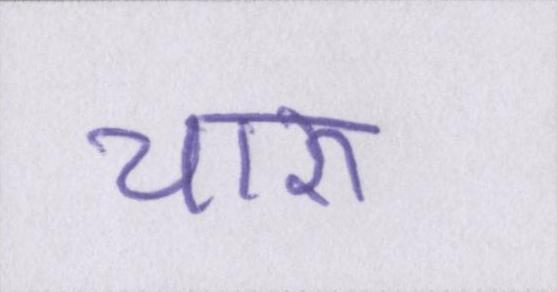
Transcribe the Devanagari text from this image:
चारु